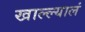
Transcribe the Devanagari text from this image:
खाल्ल्यालं